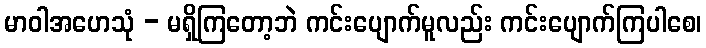
မာဝါအဟေသုံ - မရှိကြတော့ဘဲ ကင်းပျောက်မူလည်း ကင်းပျောက်ကြပါစေ၊